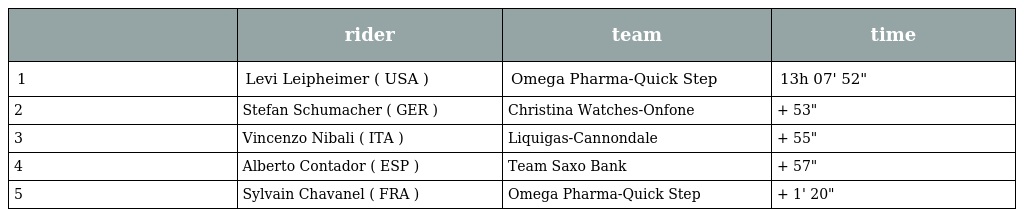
|  | rider | team | time |
 | --- | --- | --- | --- |
 | 1 | Levi Leipheimer ( USA ) | Omega Pharma-Quick Step | 13h 07' 52" |
 | 2 | Stefan Schumacher ( GER ) | Christina Watches-Onfone | + 53" |
 | 3 | Vincenzo Nibali ( ITA ) | Liquigas-Cannondale | + 55" |
 | 4 | Alberto Contador ( ESP ) | Team Saxo Bank | + 57" |
 | 5 | Sylvain Chavanel ( FRA ) | Omega Pharma-Quick Step | + 1' 20" |